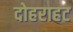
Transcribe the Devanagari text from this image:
दोहराहट